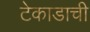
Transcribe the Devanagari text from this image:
टेकाडाची